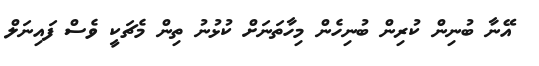
އޭނާ ބުނިން ކުރިން ބުނިހެން މިހާތަނަށް ކުޅުނު ތިން މެޗަކީ ވެސް ފައިނަލް